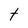
Character: t